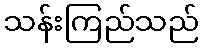
သန်းကြည်သည်